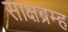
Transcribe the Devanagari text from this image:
साक्षब्रम्ह